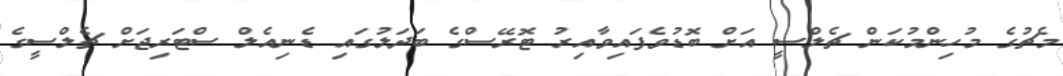
މެޗުގެ މުހިންމުކަން ޗެލްސީ އަށް ބޮޑުވެފައިވާއިރު ޓޮރޭސްގެ ބަދަލުގައި ޑެނިއެލް ސްޓަރިޖަށް ޗެލްސީގެ